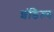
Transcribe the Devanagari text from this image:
शंडिल्य